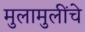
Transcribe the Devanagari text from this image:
मुलामुलींचे